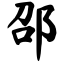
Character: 邵